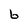
Character: b